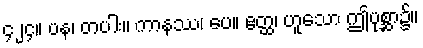
၄၂၄။ ပန၊ တပါး။ ကာနဿ၊ ပေ။ ဧတ္ထ၊ ဟူသော ဤပုစ္ဆာ၌။